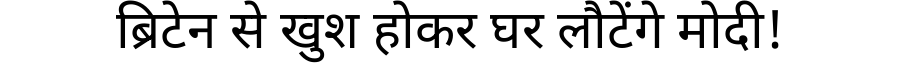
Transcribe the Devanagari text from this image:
ब्रिटेन से खुश होकर घर लौटेंगे मोदी!